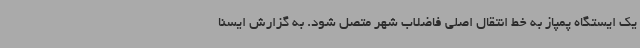
یک ایستگاه پمپاز به خط انتقال اصلی فاضلاب شهر متصل شود. به گزارش ایسنا